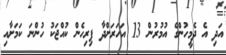
އަދި އެ ދެމީހުންގެ އުމުރުން 13 އަހަރަށްދާ ފިރިހެން ކުއްޖަކު ހުންނަ ކަމަށާއި